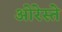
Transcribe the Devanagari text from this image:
ओरेस्ते